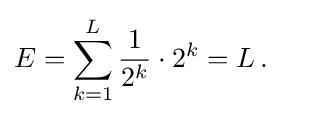
{\begin{aligned}E&=\sum _{k=1}^{L}{\frac {1}{2^{k}}}\cdot 2^{k}=L\,.\end{aligned}}